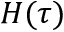
H ( \tau )